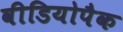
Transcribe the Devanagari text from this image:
वीडियोपैक